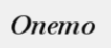
Onemo